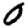
Digit: 0